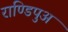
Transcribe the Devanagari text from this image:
राण्डिपुअ